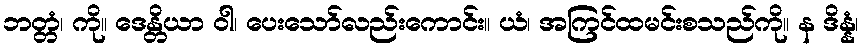
ဘတ္တံ၊ ကို။ ဒေန္တိယာ ဝါ၊ ပေးသော်လည်းကောင်း။ ယံ၊ အကြင်ထမင်းစသည်ကို။ န ဒိန္နံ၊